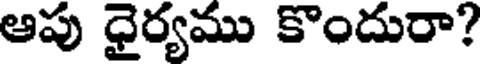
ఆపు ధైర్యము కొందురా?